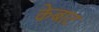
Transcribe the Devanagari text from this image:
केबाट